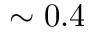
\sim 0 . 4